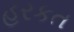
હરકત